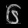
Digit: ၆